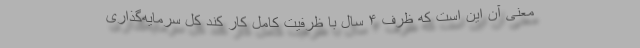
معنی آن این است که ظرف ۴ سال با ظرفیت کامل کار کند کل سرمایه‌گذاری